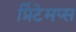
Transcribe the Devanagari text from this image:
प्रिंटेमप्स